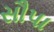
સૌપા